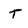
Character: t